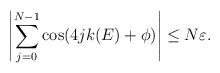
LaTeX: \begin{align*} \left|\sum_{j=0}^{N-1} \cos (4 j k(E)+\phi)\right|\leq N\varepsilon. \end{align*}